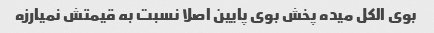
بوی الکل میده پخش بوی پایین اصلا نسبت به قیمتش نمیارزه